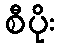
စီပိုး